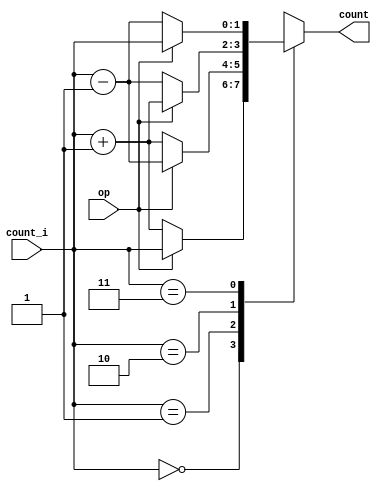
module two_bit_sat_counter 
    (
        input   wire[1:0] count_i,
        input   wire      op,
        output  reg[1:0]  count
    );

    // The counters work in the following manner
    // op = 0 implies incorrect prediction
    // op = 1 implies correct prediction
    //    op=0
    // 00 -----> 01
    // The above means the prediction made was strongly not taken
    // but the branch was taken. Hence the prediction bits are updated
    //    op=1
    // 00 -----> 00
    // The above means the prediction made was strongly not taken
    // and the branch was also not taken. Hence there is no need
    // to update the prediction bits
    // Similar logic applies for other states as well

    always @ (*)
    begin
        case (count_i)
            // TODO: Use an adder here and just update the op port
            // of the adder for each case
            2'b00:  count = (op) ? count_i          : count_i + 2'b1;
            2'b01:  count = (op) ? count_i - 2'b1   : count_i + 2'b1;
            2'b10:  count = (op) ? count_i + 2'b1   : count_i - 2'b1;
            2'b11:  count = (op) ? count_i          : count_i - 2'b1;
            default count = 2'b0;
        endcase
    end

endmodule